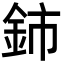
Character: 鈰